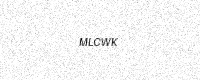
Text: MLCWK